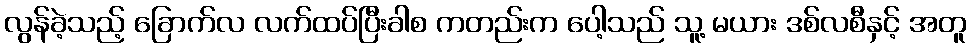
လွန်ခဲ့သည့် ခြောက်လ လက်ထပ်ပြီးခါစ ကတည်းက ပေါ့သည် သူ့ မယား ဒစ်လစီနှင့် အတူ